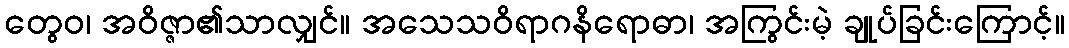
တွေဝ၊ အဝိဇ္ဇာ၏သာလျှင်။ အသေသဝိရာဂနိရောဓာ၊ အကြွင်းမဲ့ ချုပ်ခြင်းကြောင့်။